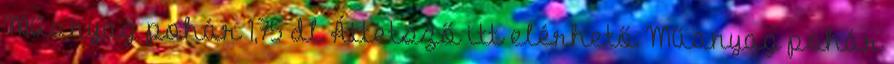
Műanyag pohár 1,75 dl Áttetsző itt elérhető Műanyag pohár